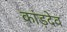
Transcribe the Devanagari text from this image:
कांड़देव